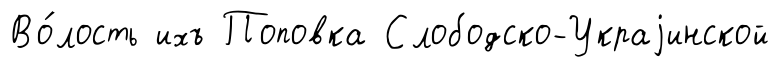
Во́лость ихъ Поповка Слободско-Украjинской